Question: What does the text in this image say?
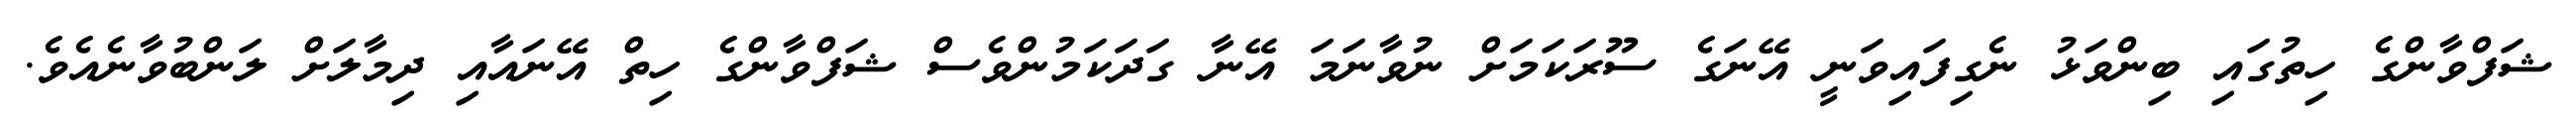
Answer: ޝަފްވާންގެ ހިތުގައި ބިންވަޅު ނެގިފައިވަނީ އޭނަގެ ސޫރަކަމަށް ނުވާނަމަ އޭނާ ގަދަކަމުންވެސް ޝަފްވާންގެ ހިތް އޭނައާއި ދިމާލަށް ލަންބުވާނެއެވެ.